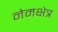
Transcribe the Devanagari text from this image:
नेमक्षेत्र